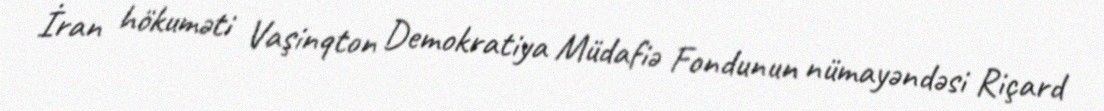
İran hökuməti Vaşinqton Demokratiya Müdafiə Fondunun nümayəndəsi Riçard